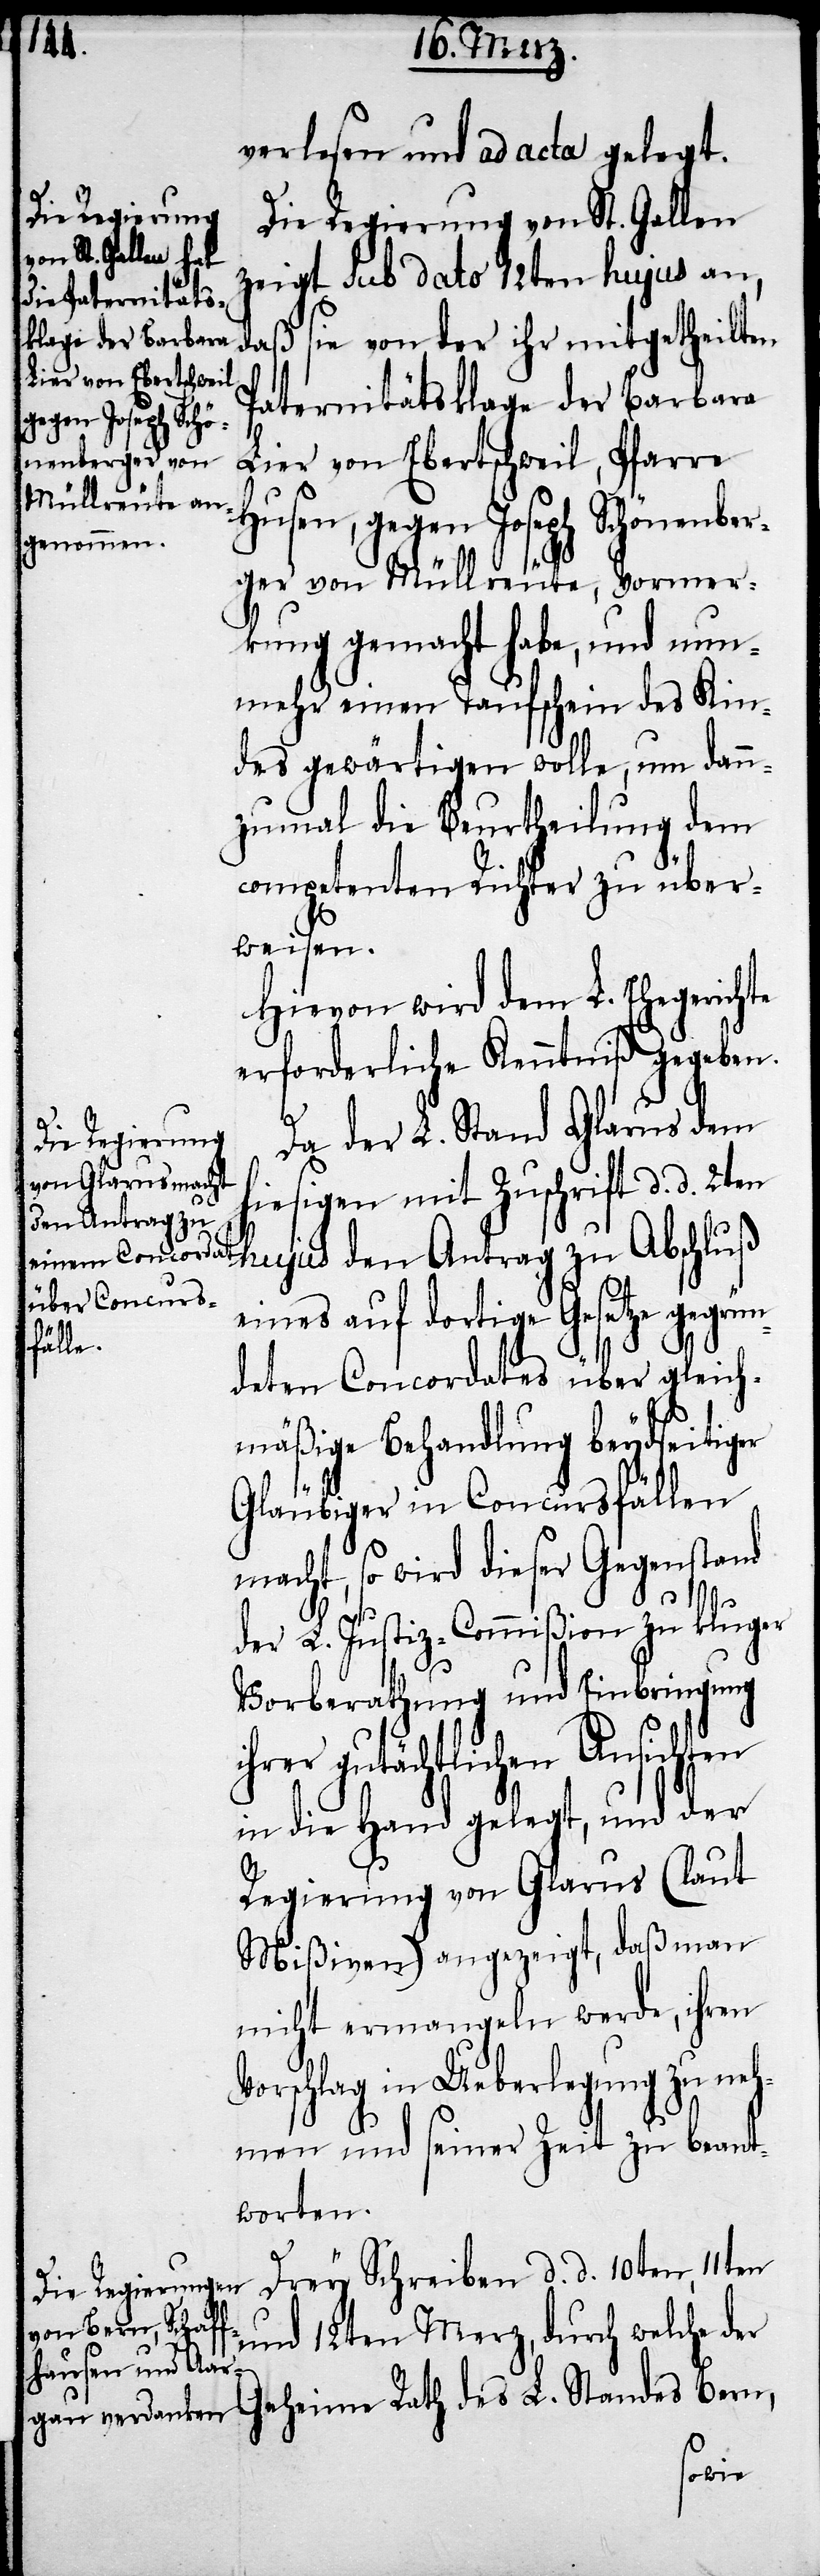
verlesen und ad acta gelegt.
Die Regierung von St. Gallen
zeigt sub dato 12ten hujus an,
daß sie von der ihr mitgetheilten
Paternitätsklage der Barbara
Lier von Ebertschweil, Pfarre
Husen, gegen Joseph Schönenber¬
ger von Müllreute, Vormer¬
kung gemacht habe, und nun¬
mehr einen Taufschein des Kin¬
des gewärtigen wolle, um dann¬
zumal die Beurtheilung dem
competenten Richter zu über¬
weisen.
Hievon wird dem L. Ehegerichte
erforderliche Kenntniß gegeben
Da der L. Stand Glarus dem
hiesigen mit Zuschrift d. d. 2ten
hujus den Antrag zu Abschluß
eines auf dortige Gesetze gegrün¬
deten Concordates über gleich¬
mäßige Behandlung beydseitiger
Gläubiger in Concursfällen
macht, so wird dieser Gegenstand
der L. Justiz-Commißion zu kluger
Vorberathung und Einbringung
hrer gutächtlichen Ansichten
in die Hand gelegt, und der
Regierung von Glarus (laut
Mißiven) angezeigt, daß man
nicht ermangeln werde, ihren
Vorschlag in Ueberlegung zu neh¬
men und seiner Zeit zu beant¬
worten.
Drey Schreiben d. d. 10ten, 11ten
und 12ten Merz, durch welche der
Bern,